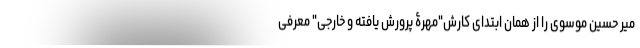
میر حسین موسوی را از همان ابتدای کارش"مهرۀ پرورش یافته و خارجی" معرفی